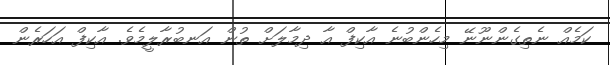
ކަމެއް ނެތިގެންނޫނޭ މިހެންބުނެ އާކިފް އާ ދިމާލަށް ތުން އަނބުރާލީމެވެ. އާކިފް އަހަރެން